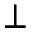
\perp